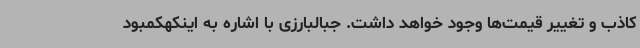
کاذب و تغییر قیمت‌ها وجود خواهد داشت. جبالبارزی با اشاره به اینکهکمبود